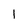
Character: l